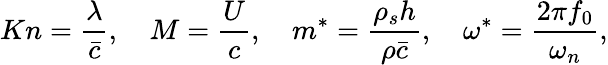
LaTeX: Kn=\frac{\lambda}{\bar{c}},\quad M=\frac{U}{c},\quad m^{*}=\frac{\rho_{s}h}{\rho\bar{c}},\quad\omega^{*}=\frac{2\pi f_{0}}{\omega_{n}},